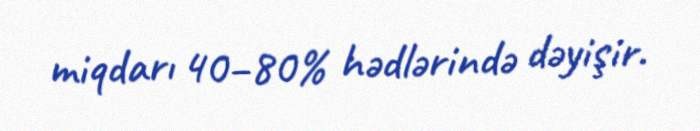
miqdarı 40–80% hədlərində dəyişir.